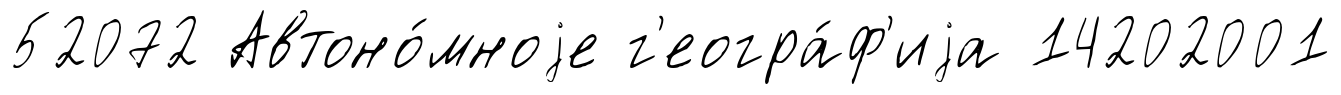
52072 Автоно́мноjе г'еогра́ф'иjа 14202001